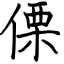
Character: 傈